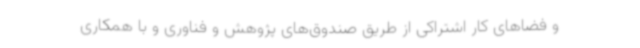
و فضاهای کار اشتراکی از طریق صندوق‌های پژوهش و فناوری و با همکاری